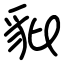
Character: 豼